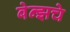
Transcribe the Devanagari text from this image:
बेन्झचे